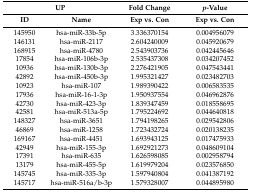
<table><thead><tr><td colspan="2"><b>UP</b></td><td><b>Fold Change</b></td><td><b><i>p</i>-Value</b></td></tr><tr><td><b>ID</b></td><td><b>Name</b></td><td><b>Exp vs. Con</b></td><td><b>Exp vs. Con</b></td></tr></thead><tbody><tr><td>145950</td><td>hsa-miR-33b-5p</td><td>3.336370154</td><td>0.004956079</td></tr><tr><td>146131</td><td>hsa-miR-2117</td><td>2.604240009</td><td>0.045920679</td></tr><tr><td>168915</td><td>hsa-miR-4780</td><td>2.543903736</td><td>0.042445646</td></tr><tr><td>17854</td><td>hsa-miR-106b-3p</td><td>2.535437308</td><td>0.034207452</td></tr><tr><td>10936</td><td>hsa-miR-130b-3p</td><td>2.276421905</td><td>0.047543441</td></tr><tr><td>42892</td><td>hsa-miR-450b-3p</td><td>1.995321427</td><td>0.023482703</td></tr><tr><td>10923</td><td>hsa-miR-107</td><td>1.989390422</td><td>0.006583535</td></tr><tr><td>17936</td><td>hsa-miR-16-1-3p</td><td>1.950937554</td><td>0.046962876</td></tr><tr><td>42730</td><td>hsa-miR-423-3p</td><td>1.839347459</td><td>0.018558695</td></tr><tr><td>42581</td><td>hsa-miR-513a-5p</td><td>1.795224692</td><td>0.044640818</td></tr><tr><td>148327</td><td>hsa-miR-3651</td><td>1.794198265</td><td>0.029542806</td></tr><tr><td>46869</td><td>hsa-miR-1258</td><td>1.723432724</td><td>0.020138235</td></tr><tr><td>169167</td><td>hsa-miR-4451</td><td>1.693943125</td><td>0.017475933</td></tr><tr><td>42949</td><td>hsa-miR-155-3p</td><td>1.692921273</td><td>0.048609104</td></tr><tr><td>17391</td><td>hsa-miR-635</td><td>1.626598085</td><td>0.002958794</td></tr><tr><td>13179</td><td>hsa-miR-455-5p</td><td>1.619979204</td><td>0.023576850</td></tr><tr><td>145745</td><td>hsa-miR-335-3p</td><td>1.597940804</td><td>0.041387192</td></tr><tr><td>145717</td><td>hsa-miR-516a/b-3p</td><td>1.579328007</td><td>0.044895980</td></tr></tbody></table>